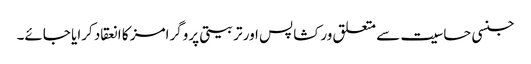
جنسی حساسیت سے متعلق ورکشاپس اور تربیتی پروگرامز کا انعقاد کرایا جائے۔